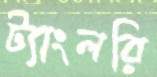
ট্যাংলরি